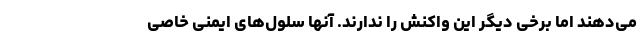
می‌دهند اما برخی دیگر این واکنش را ندارند. آنها سلول‌های ایمنی خاصی